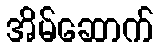
အိမ်ဆောက်